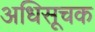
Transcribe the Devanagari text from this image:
अधिसूचक